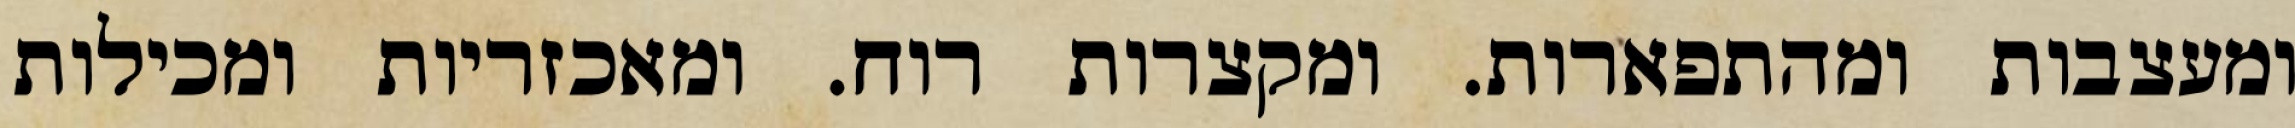
ומעצבות ומהתפארות. ומקצרות רוח. ומאכזריות ומכילות